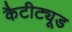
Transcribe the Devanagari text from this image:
कैटीट्यूड